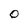
Character: O